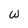
Character: w